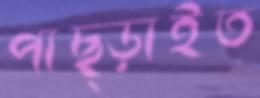
পাছ্‌ড়াইত